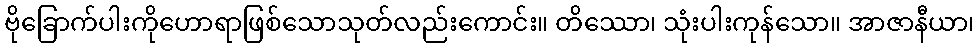
ဗိုခြောက်ပါးကိုဟောရာဖြစ်သောသုတ်လည်းကောင်း။ တိဿော၊ သုံးပါးကုန်သော။ အာဇာနီယာ၊